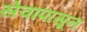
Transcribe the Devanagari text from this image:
सेवांपासून